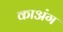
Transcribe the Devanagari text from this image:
काअंग